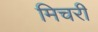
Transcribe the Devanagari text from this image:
मिचरी